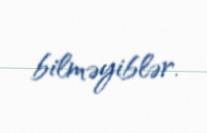
bilməyiblər.